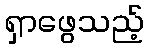
ရှာဖွေသည့်